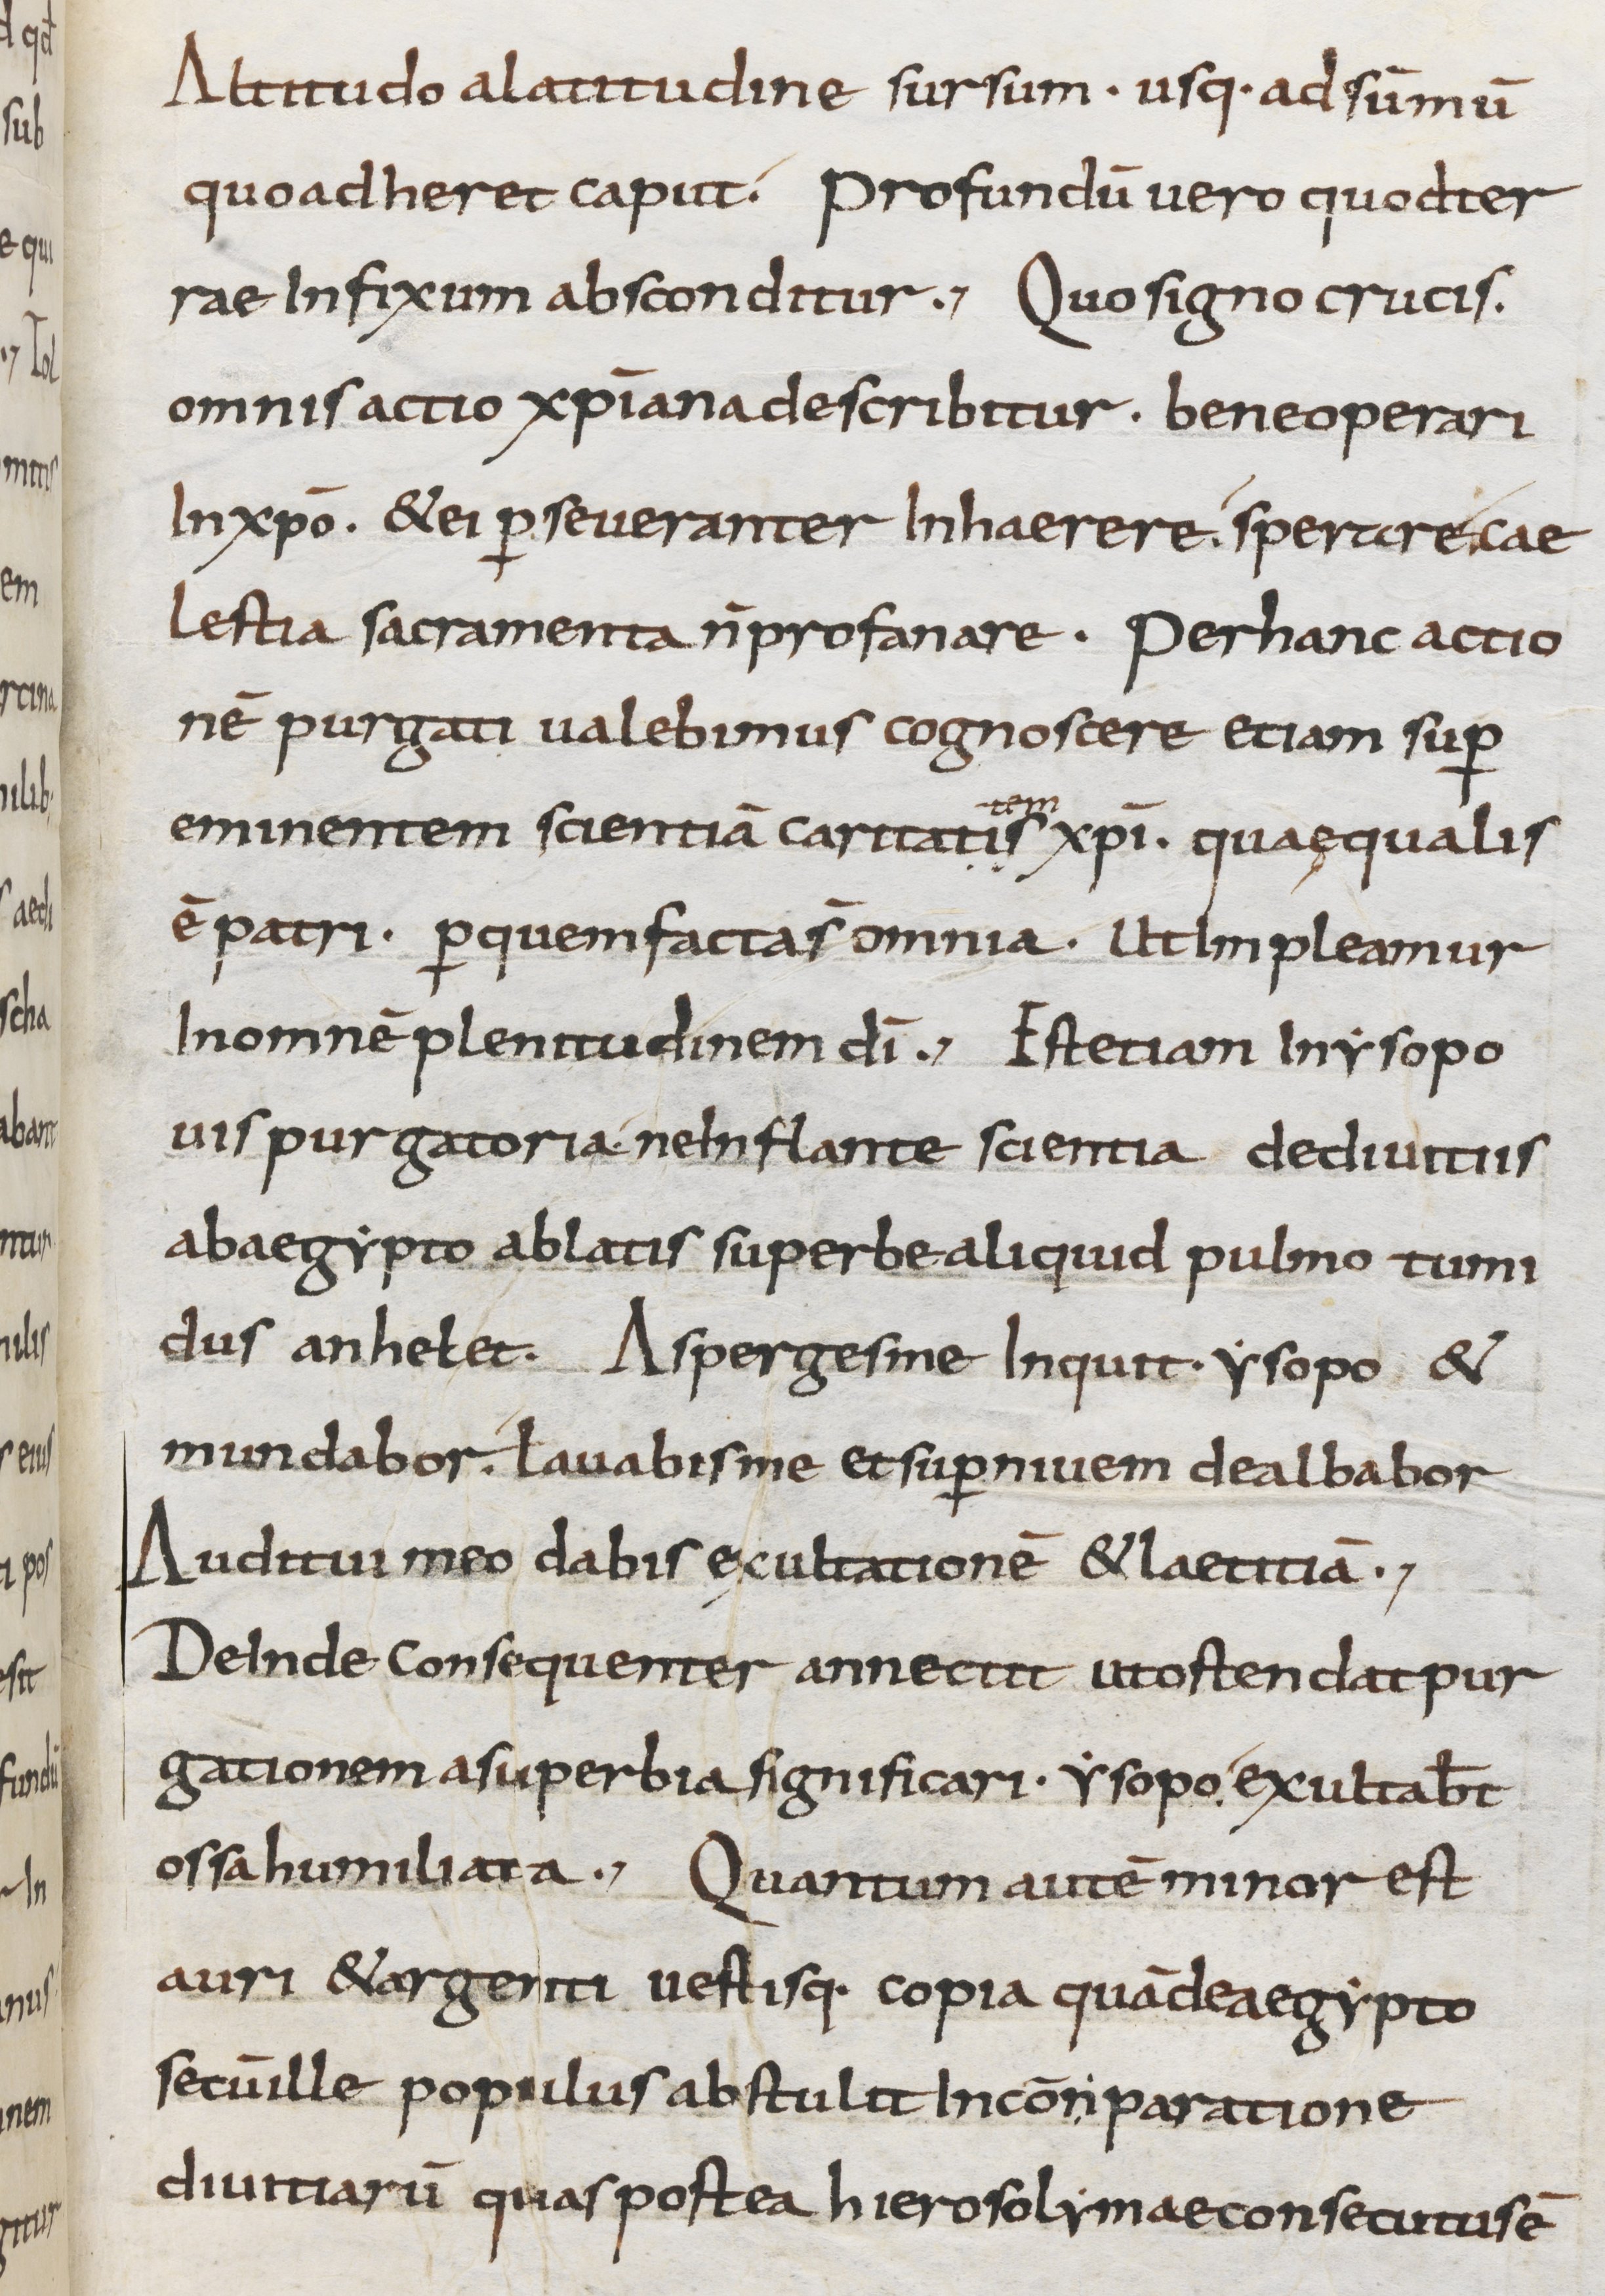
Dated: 800–899